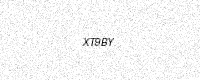
Text: XT9BY